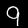
Label: 9